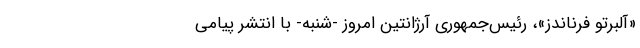
«آلبرتو فرناندز»، رئیس‌جمهوری آرژانتین امروز -شنبه- با انتشر پیامی